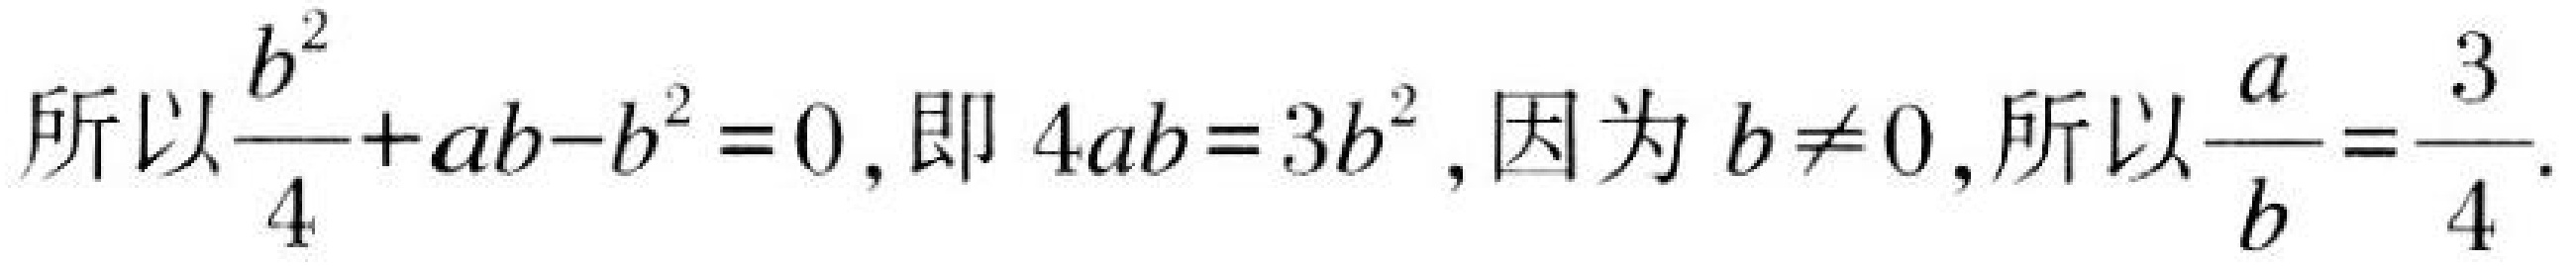
所以\(\frac{b^{2}}{4}+ab - b^{2}=0\)，即\(4ab = 3b^{2}\)，因为\(b\neq0\)，所以\(\frac{a}{b}=\frac{3}{4}\).